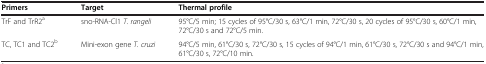
| Primers | Target | Thermal profile |
 | --- | --- | --- |
 | TrF and TrR2a | sno-RNA-Cl1 T. rangeli | 95°C/5 min; 15 cycles of 95°C/30 s, 63°C/1 min, 72°C/30 s, 20 cycles of 95°C/30 s, 60°C/1 min, 72°C/30 s and 72°C/5 min. |
 | TC, TC1 and TC2b | Mini-exon gene T. cruzi | 94°C/5 min, 61°C/30 s, 72°C/30 s, 15 cycles of 94°C/1 min, 61°C/30 s, 72°C/30 s and 94°C/1 min, 61°C/30 s, 72°C/10 min. |